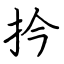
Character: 扲